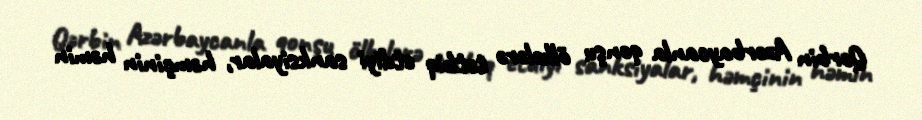
Qərbin Azərbaycanla qonşu ölkələrə tətbiq etdiyi sanksiyalar, həmçinin həmin